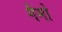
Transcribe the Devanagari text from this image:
गैमो